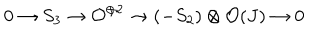
0 \rightarrow S _ { 3 } \rightarrow { \cal O } ^ { \oplus 2 } \rightarrow ( - S _ { 2 } ) \otimes { \cal O } ( J ) \rightarrow 0